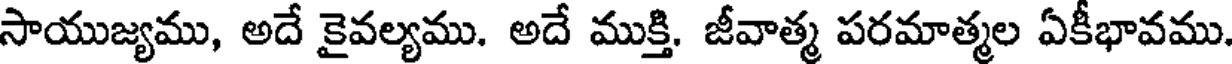
సాయుజ్యము, అదే కైవల్యము. అదే ముక్తి. జీవాత్మ పరమాత్మల ఏకీభావము